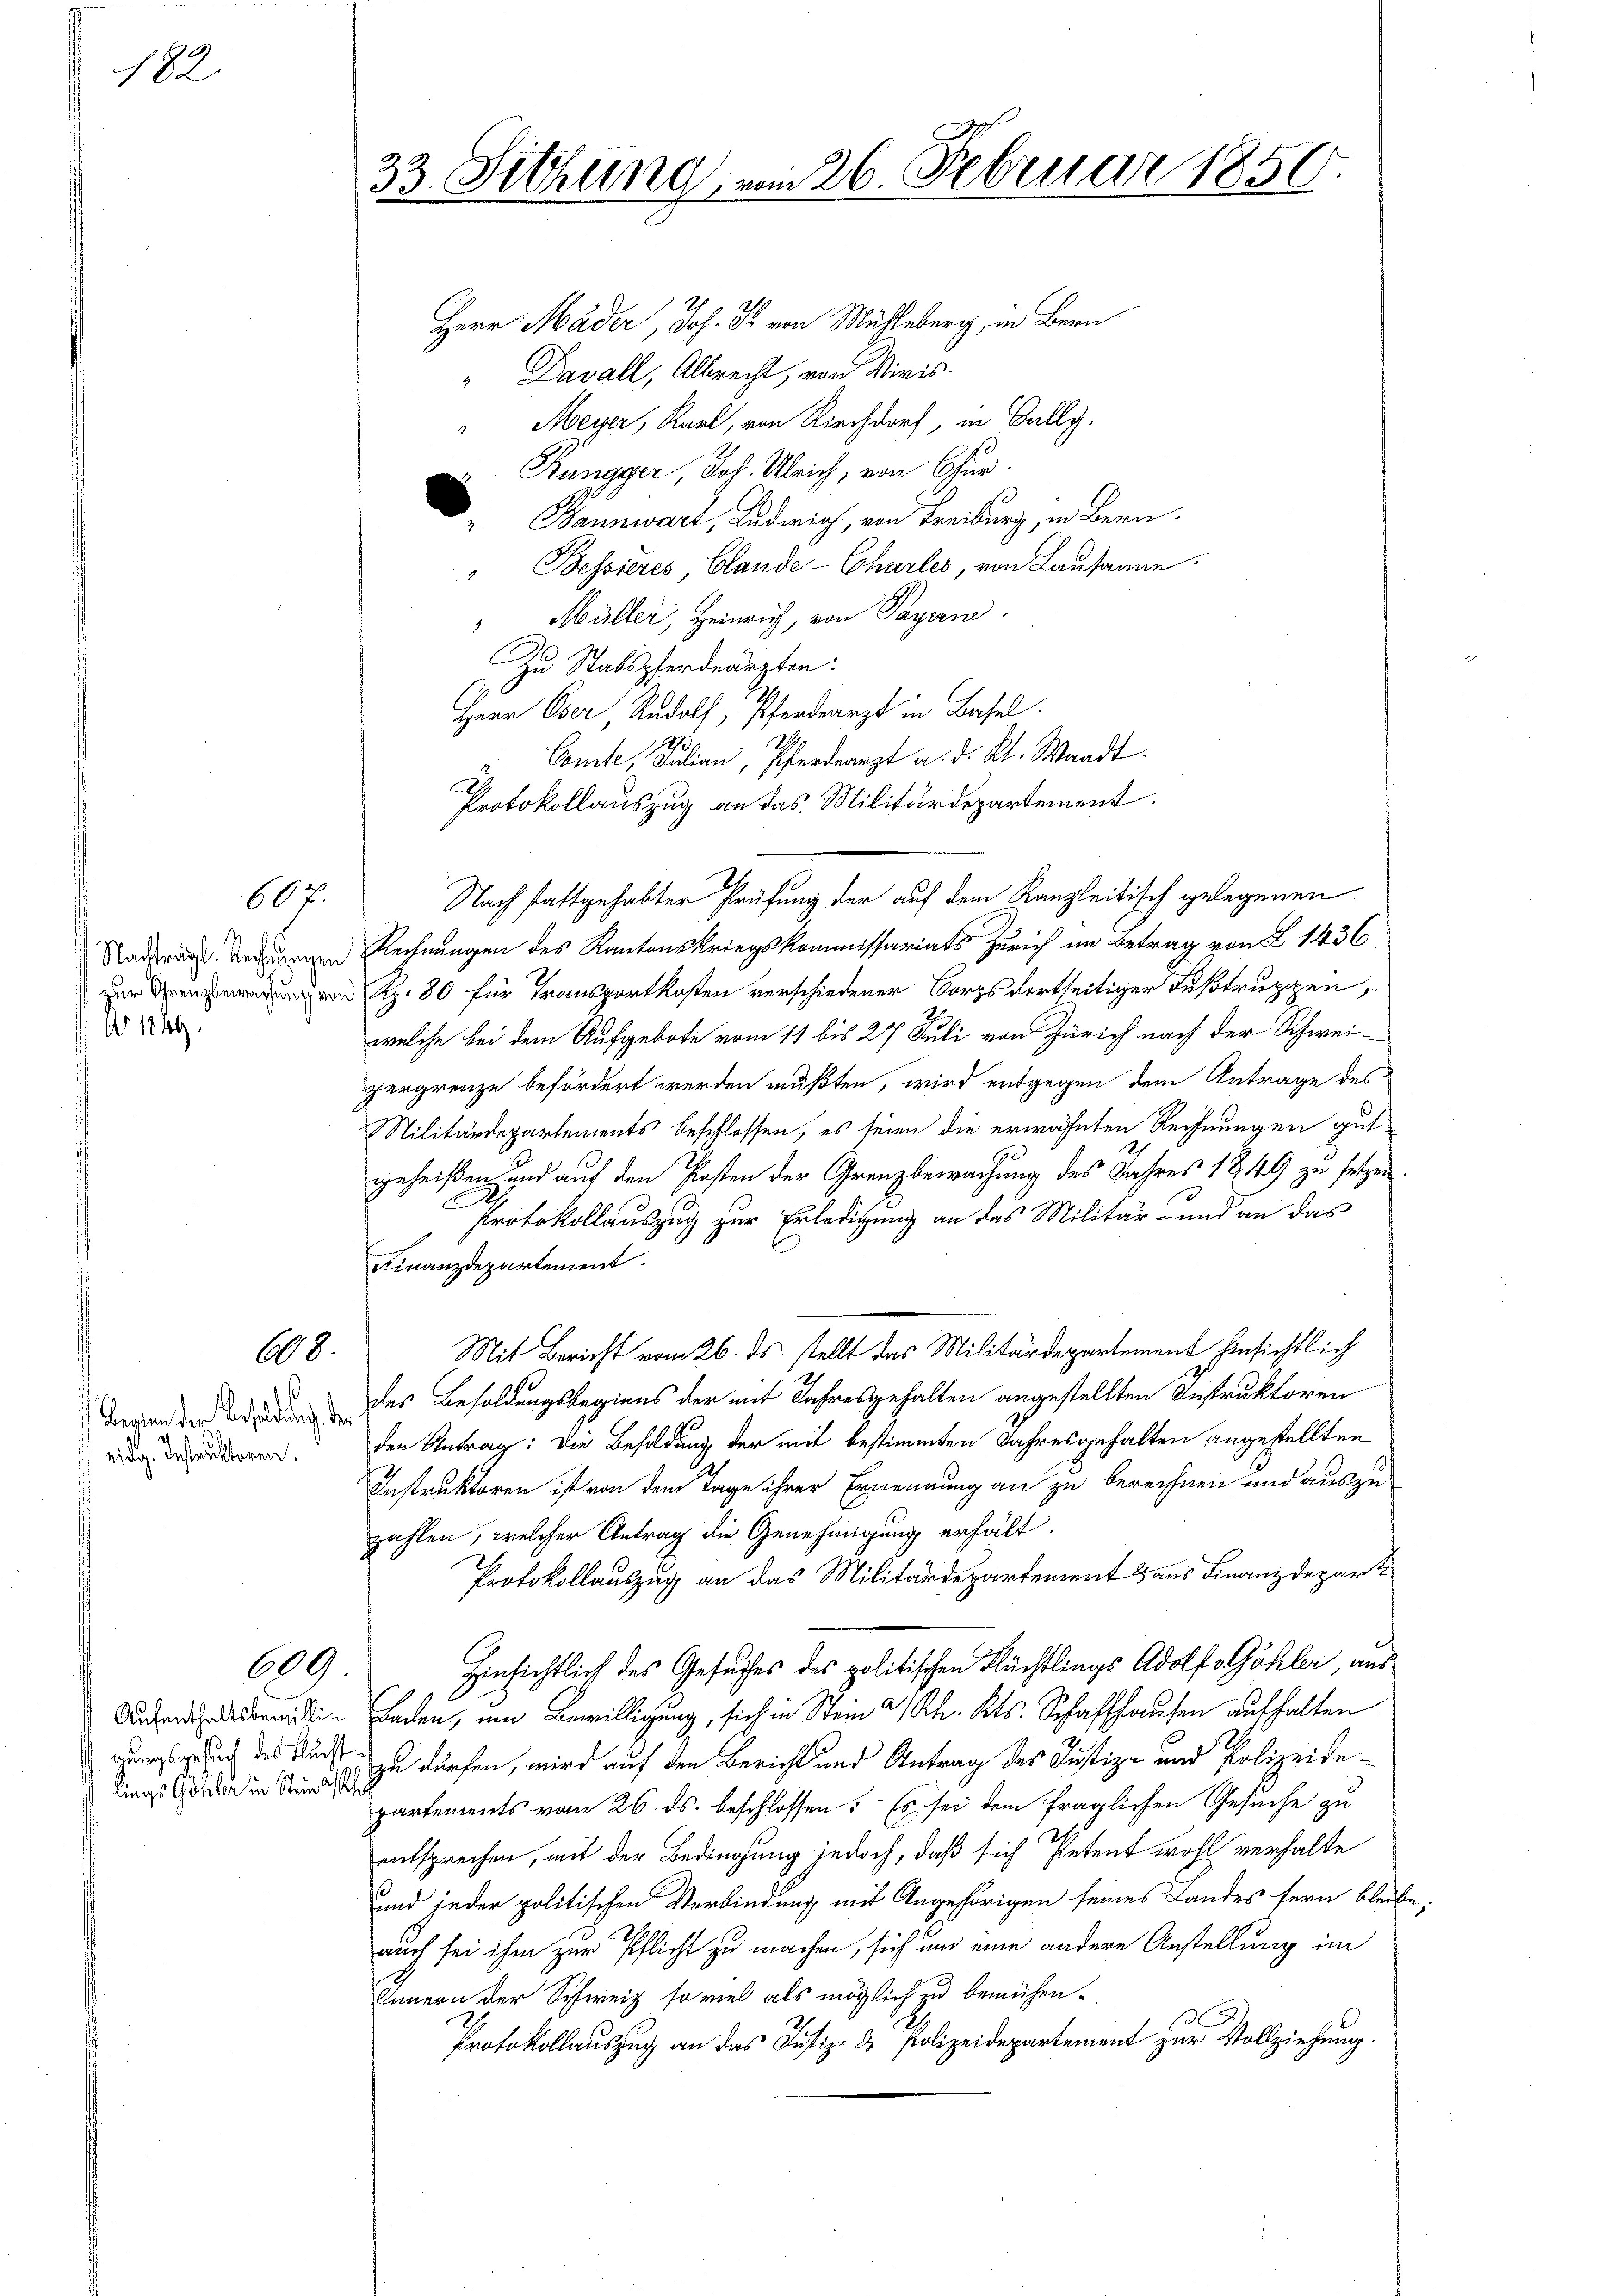
182

Nachträgl. Rechnungen
zur Grenzbewachung von
N 1849

667

108.

evien der Besoldung der

eidg. Instruktoren.

609

Aufenthaltsbewillilings Göhler in Steinahe

23.

Sitzung vom 26. Februar 1850

Herr Mäder, Joh. Pr. von Mühleberg, in Bern.
"Davall, Albrecht, von Divis.
Meyer, Karl, von Kirchdorf, in Bally.
Rungger, Joh. Ulrich, von Chur.
 Bannwart, Ludwig, von Treiburg, in Bern
"Bessieres, Claude-Charles, von Lausanne
" Müller, Heinrich, von Payern.
Zu Statspferdearzten.
Herr Oser Rudolf, Pferdearzt in Basel.
20
Comte, Julian, Pferdearzt a. d. Kt. Waadt.
.
Protokollauszug an das Militärdepartement.
Rechnungen des Kantonskriegskommissariats Zürich im Betrag von 1436
Rp. 80 für Transportkosten verschiedener Borgsdortseitiger Fußtruppen,
welche bei dem Aufgebote vom 11 bis 27 Juli von Zürich nach der Schweizergrenze befördert werden mußten, wird entgegen dem Antrage des
Militärdepartements beschlossen, es seien die erwähnten Rechnungen gut
geheißen und auf den Posten der Grenzbewachung des Jahres 1849 zu setzen.
Protokollauszug zur Erledigung an das Militär- und an das
Finanzdepartement.
Mit Bericht vom 26. ds. stellt das Militärdepartement hinsichtlich
des Besoldungsbeginns der mit Jahresgehalten angestellten Instruktoren
den Antrag: Die Besoldung der mit bestimmten Jahresgehalten angestellten
Instruktoren ist von dem Tage ihrer Ernennung an zu berechnen und auszuzahlen, welcher Antrag die Genehmigung erhält.
Protokollauszug an das Militärdepartement Haus Finanzdepart
hinsichtlich des Gesuches des politischen Flüchtlings Adolf Göhler, aus
Baden, um Bewilligung, sich in Stein a/Rh. Kts. Schaffhausen aufhalten
zeugung des Kunst zu dürfen, wird auf den Bericht und Antrag des Justiz- und Polizeidepartements vom 26. ds. beschlossen: Es sei dem fraglichen Gesuche zu
entsprechen, mit der Bedingung jedoch, daß sich Petent wohl verhalte
und jeder politischen Verbindung mit Angehörigen seines Landes fern bleibe
auch sei ihm zur Pflicht zu machen, sich um eine andere Anstellung im
Innern der Schweiz so viel als möglich zu bemühen.
Protokollauszug an das Justiz- & Polizeidepartement zur Vollziehung.

Nach stattgehabter Prüfung der auf dem Kanzleitisch gelegenen